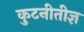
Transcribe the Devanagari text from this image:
कुटनीतीज्ञ